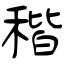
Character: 稭